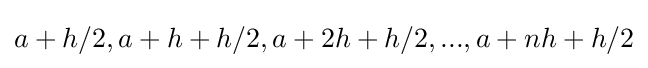
a+h/2,a+h+h/2,a+2h+h/2,...,a+nh+h/2